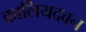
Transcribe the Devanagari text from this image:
कालियदवन